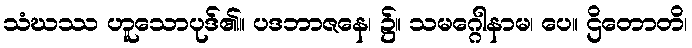
သံဃဿ ဟူသောပုဒ်၏။ ပဒဘာဇနေ၊ ၌။ သမဂ္ဂေါနာမ၊ ပေ။ ဌိတောတိ၊